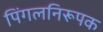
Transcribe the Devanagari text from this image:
पिंगलनिरूपक